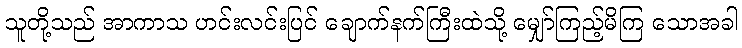
သူတို့သည် အာကာသ ဟင်းလင်းပြင် ချောက်နက်ကြီးထဲသို့ မျှော်ကြည့်မိကြ သောအခါ